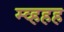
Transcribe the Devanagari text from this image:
म्व्हहह